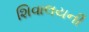
શિવાલયની